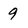
Character: 9